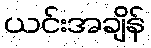
ယင်းအချိန်